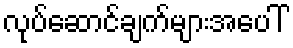
လုပ်ဆောင်ချက်များအပေါ်